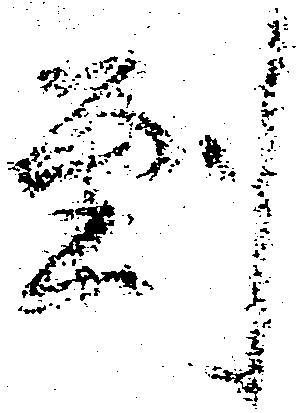
到